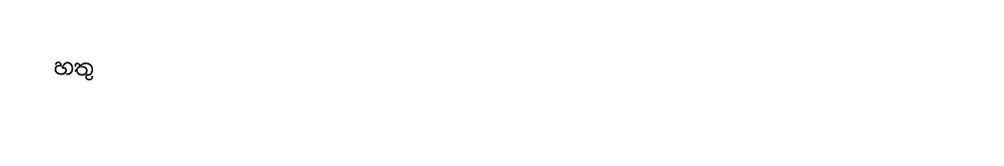
හතු